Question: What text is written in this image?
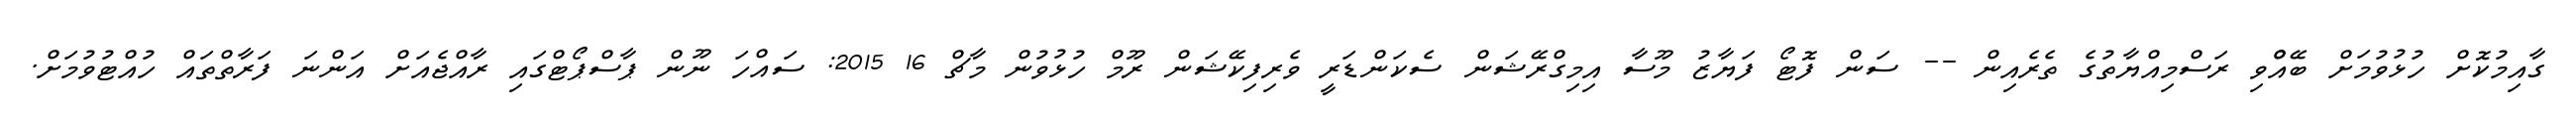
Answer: ގާއިމުކޮށް ހުޅުވުމަށް ބޭއްްވި ރަސްމިއްޔާތުގެ ތެރެއިން -- ސަން ފޮޓޯ ފަޔާޒު މޫސާ އިމިގްރޭޝަން ސެކަންޑަރީ ވެރިފިކޭޝަން ރޫމް ހުޅުވުން މާޗް 16 2015: ސައްހަ ނޫން ޕާސްޕޯޓްގައި ރާއްޖެއަށް އަންނަ ފަރާތްތައް ހުއްޓުވުމަށް.